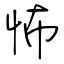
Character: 怖